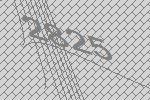
2825